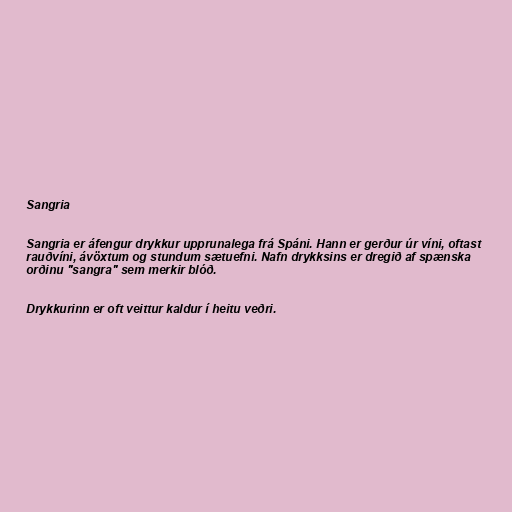
Sangria

Sangria er áfengur drykkur upprunalega frá Spáni. Hann er gerður úr víni, oftast
rauðvíni, ávöxtum og stundum sætuefni. Nafn drykksins er dregið af spænska
orðinu "sangra" sem merkir blóð.

Drykkurinn er oft veittur kaldur í heitu veðri.